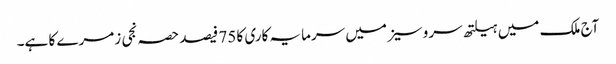
آج ملک میں ہیلتھ سروسیز میں سرمایہ کاری کا 75 فیصد حصہ نجی زمرے کا ہے۔